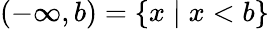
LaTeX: (-\infty,b)=\{ x\mid x<b\}